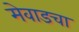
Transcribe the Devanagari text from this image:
मेवाडचा